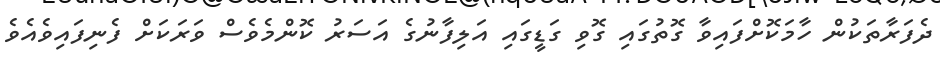
ދެފަރާތަކުން ހާމަކޮށްފައިވާ ގޮތުގައި ގޮވި ގަޑީގައި އަލިފާނުގެ އަސަރު ކޮންމެވެސް ވަރަކަށް ފެނިފައިވެއެވެ